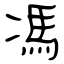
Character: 馮